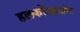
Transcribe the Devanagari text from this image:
हलकोंआओर